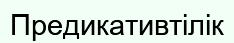
Предикативтілік